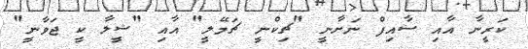
ކަރީނާ އާއި ސާއިފް ނަށާނީ "ޗިކްނީ ޗަމޭލީ" އާއި "ޝީލާ ކީ ޖަވާނީ"